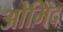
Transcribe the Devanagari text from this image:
ओमिद